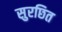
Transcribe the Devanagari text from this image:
सुरछित